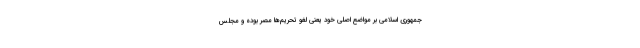
جمهوری اسلامی بر مواضع اصلی خود یعنی لغو تحریم‌ها مصر بوده و مجلس